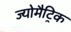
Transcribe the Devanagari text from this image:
ज्योमैट्रिक